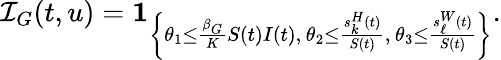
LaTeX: \mathcal{I}_{G}(t,u)=\mathbf{1}_{\left\{ \theta_{1}\leq\frac{\beta_{G}}{K}S(t)I(t),\, \theta_{2}\leq\frac{s_{k}^{H}(t)}{S(t)},\, \theta_{3}\leq\frac{s_{\ell}^{W}(t)}{S(t)}\right\} }.